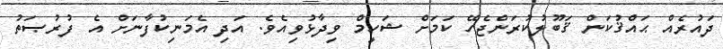
ދައުރެއް ޙައްޤުކަން ޤަބޫލުކުރަންޖެހޭ ކަމަށް ޝަހީމް ވިދާޅުވިއެވެ. އަދި އެމަނިކުފާނަށް އެ ފުރުޞަތު